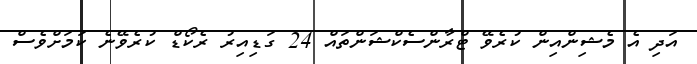
އަދި އެ މެޝިންއިން ކުރެވޭ ޓްރާންސެކްޝަންތައް 24 ގަޑިއިރު ރެކޯޑް ކުރެވޭނެ ކަމަށްވެސް